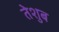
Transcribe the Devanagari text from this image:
तेशुब